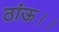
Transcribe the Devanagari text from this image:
ठांऊ।।